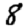
Digit: 8